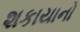
શકાયાનો